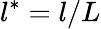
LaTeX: l^{*}=l/L